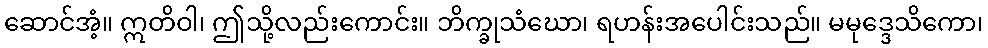
ဆောင်အံ့။ ဣတိဝါ၊ ဤသို့လည်းကောင်း။ ဘိက္ခုသံဃော၊ ရဟန်းအပေါင်းသည်။ မမုဒ္ဒေသိကော၊